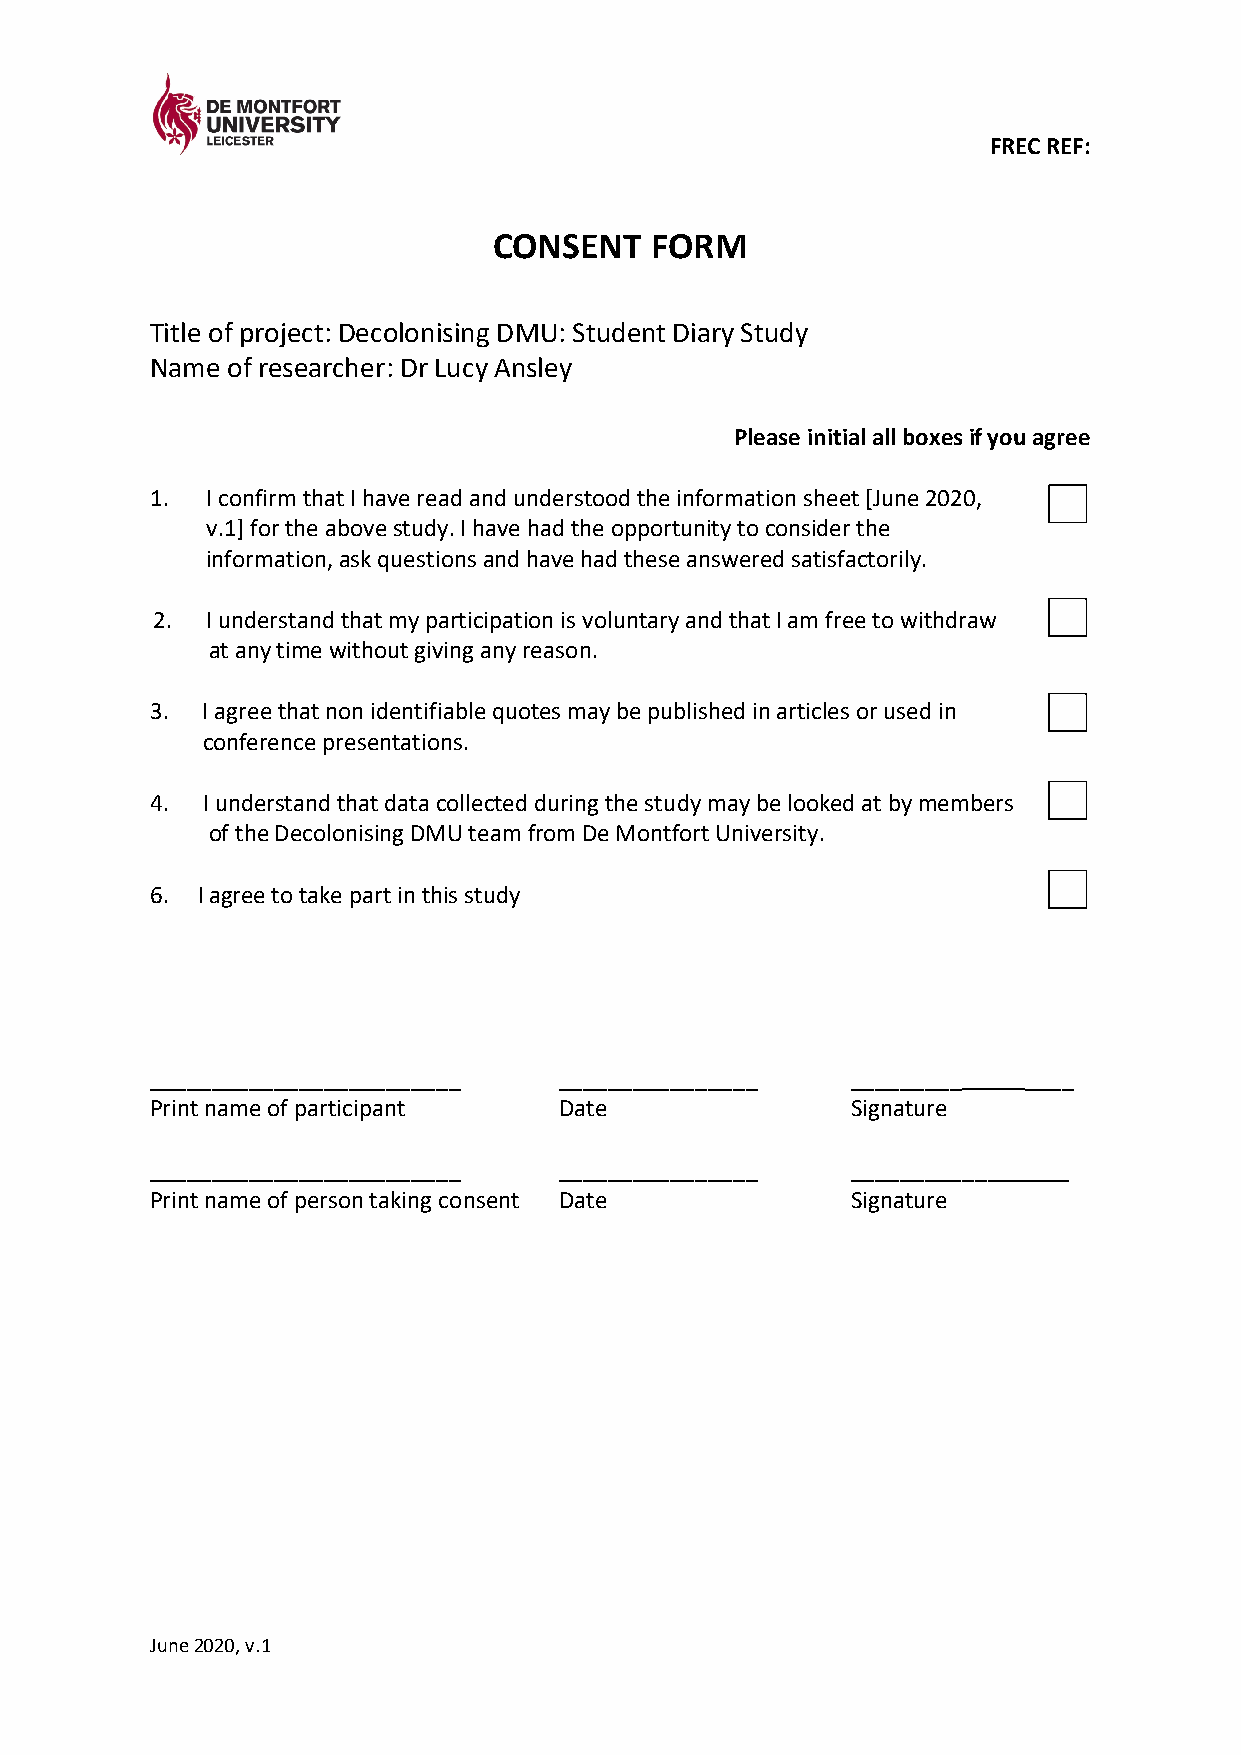
FREC REF:
 CONSENT   FORM
 Title of project: Decolonising DMU: Student Diary Study
 Name of researcher: Dr Lucy Ansley
 Please initial all boxes if you agree
 1.  I confirm that I have read and understood the information sheet [June 2020,
 v.1] for the above study. I have had the opportunity to consider the
 information, ask questions and have had these answered satisfactorily.
 2.  I understand that my participation is voluntary and that I am free to withdraw
 at any time without giving any reason.
 3. I agree that non identifiable quotes may be published in articles or used in
 conference presentations.
 4. I understand that data collected during the study may be looked at by members
 of the Decolonising DMU team from De Montfort University.
 6. I agree to take part in this study
 _________________________  ________________   _________   ____
 Print name of participant  Date               Signature
 _________________________  ________________   ____________  _
 Print name of person taking consent Date      Signature
 June 2020, v.1